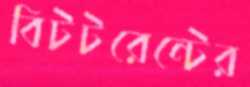
বিটটরেন্টের